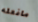
مافعله